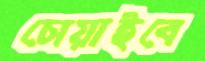
চোয়াইবে